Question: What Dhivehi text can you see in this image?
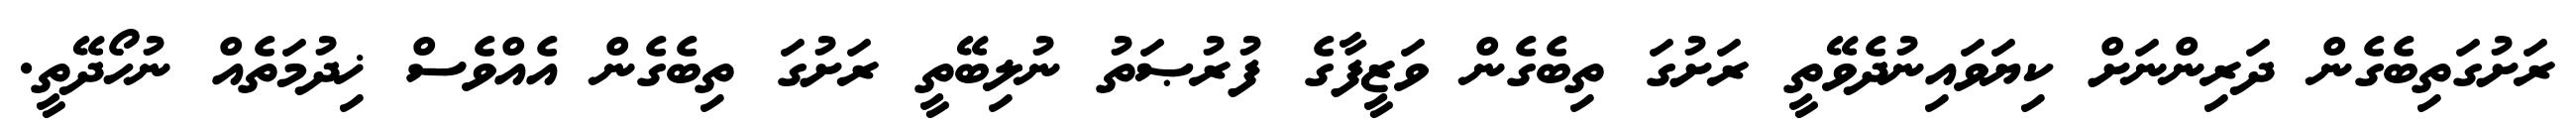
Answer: ރަށުގަތިބެގެން ދަރިންނަށް ކިޔަވައިނުދެވޭތީ ރަށުގަ ތިބެގެން ވަޒީފާގެ ފުރުޞަތު ނުލިބޭތީ ރަށުގަ ތިބެގެން އެއްވެސް ޚިދުމަތެއް ނުހޯދޭތީ.